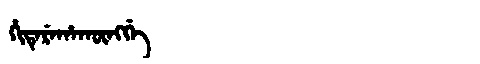
Manchu: ᡥᡳᡨᡝᡵᡝᡥᠠᡴᡡᠩᡤᡝ
Romanization: HITEREHAKŪNGGE